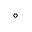
^ { \circ }